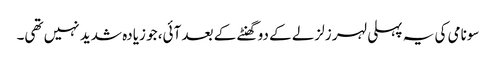
سونامی کی یہ پہلی لہر زلزلے کے دو گھنٹے کے بعد آئی، جو زیادہ شدید نہیں تھی۔